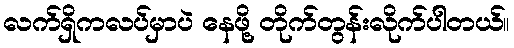
လက်ရှိကလပ်မှာပဲ နေဖို့ တိုက်တွန်းလိုက်ပါတယ်။